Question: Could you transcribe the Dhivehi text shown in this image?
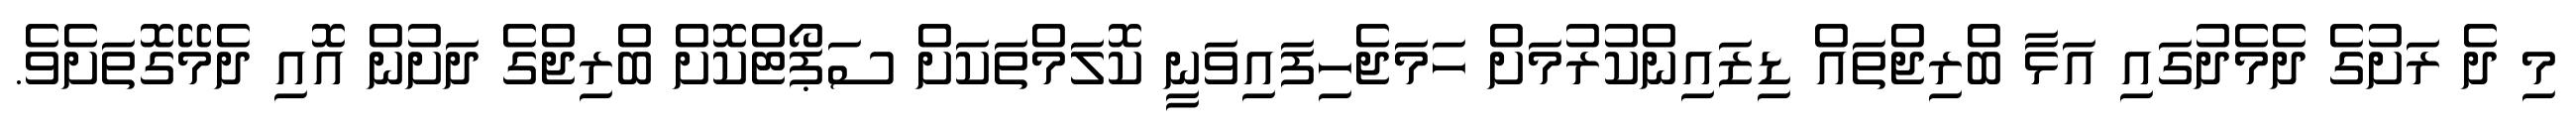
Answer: މި ދެ ރަށުގެ ދެމެދުގައި އަޅާ ބްރިޖްތައް ޑިޒައިންކުރުމަށް ހަމަޖެހިފައިވަނީ ކޮލަމްތަކަށް ސަޕޯޓްކޮށް ބްރިޖްގެ ދަށުން އޮއި ދެމޭގޮތަށެވެ.